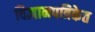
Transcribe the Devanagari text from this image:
विज्ञानपत्रिकेत